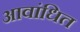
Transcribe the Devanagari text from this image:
आवांधित